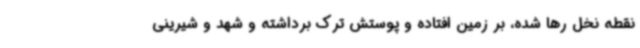
نقطه نخل رها شده، بر زمین افتاده و پوستش ترک برداشته و شهد و شیرینی